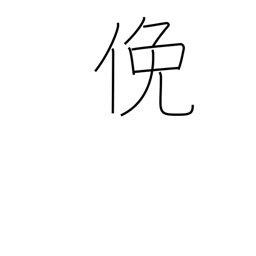
Meaning: diligent